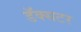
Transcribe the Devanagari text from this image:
डॅक्सटर